Annual administration report of the Civil Veterinary Department of India - 1898-1899
Year: 1898
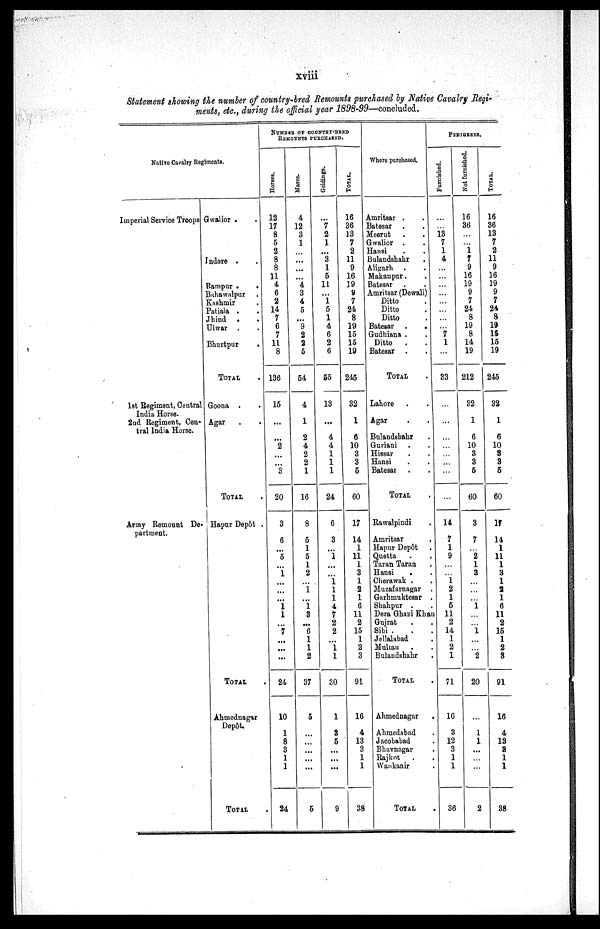
xviii
Statement showing the number of country-bred Remounts purchased by Native Cavalry Regi-
ments, etc., during the official year 1898-99—concluded.
Native Cavalry Regments.
Imperial Service Troops
1st Regiment, Central
India Horse.
2nd Regiment, Cen-
tral India Horse.
Army Remount De-
partment.
Gwalior . .
Indore . .
Rampur .
.
Bahawalpur
Kashmir
Patiala ..
Jhind ..
Ulwar ..
Bhurtpur .
TOTAL.
Goona ..
Agar
TOTAL.
Hapur Depôt .
TOTAL.
Ahmednagar
Depôt.
TOTAL.
NUMBER OF COUNTRY-BEED
REMOUNTS PURCHASED.
Horses.
12
17
8
5
2
8
8
11
4
6
2
14
7
6
7
11
8
136
15
...
...
2
...
...
3
20
3
6
...
5
1
...
...
...
1
1
...
7
...
...
...
24
10
1
8
3
1
1
24
Mares.
4
12
3
1
...
...
...
...
4
3
4
5
...
9
2
2
5
54
4
1
2
4
2
2
1
16
8
5
1
5
1
2
...
1
...
1
3
...
6
1
1
2
37
5
...
...
...
...
...
5
Geldings.
...
7
2
1
...
3
1
5
11
...
1
5
1
4
6
2
6
55
13
...
4
4
1
1
1
24
6
3
...
1
...
...
1 1
1
4
7
2
2
...
1
1
30
1
3
5
...
...
...
9
TOTAL.
16
36
13
7
2
11
9
16
39
9
7
24
8
19
15
15
19
245
32
1
6
10
3
3
5
60
17
14
1
11
1
3
1
2
1
6
11
2
15
1
2
3
91
16
4
13
3
1
1
38
Where purchased.
Amritsar . .
Batesar. .
Meerut . .
Gwalior . .
Hansi . .
Bulandshahr .
Aligarh . .
Makanpur . .
Batesar . .
Amritsar (Dewali)
Ditto .
Ditto .
Ditto
Batesar .
.
Gudhiana ..
Ditto ..
Batesar ..
TOTAL.
Lahore . .
Agar . .
Bulandshahr .
Guriani ..
Hissar..
Hansi..
Batesar ..
TOTAL.
Rawalpindi .
Amritsar .
Hapur Depôt .
Quetta . .
Taran Taran.
Hansi
. .
Cherawak . .
Muzafarnagar .
Garhmuktesar .
Shahpur . .
Dera Ghazi Khan
Gujrat . .
Sibi . . .
Jellalabad .
Multan . .
Bulandshahr .
TOTAL .
Ahmednagar
.
Ahmedabad .
Jacobabad .
Bhavnagar .
Rajkot .
Wankanir .
TOTAL.
PEDIGREES.
Furnished.
...
...
13
7
1
4
...
...
...
...
...
...
...
...
7
1
...
33
...
...
...
...
...
...
...
...
14
7
1
9
...
...
1
2
1
5
11
2
14
1
2
1
71
16
3
12
3
1
1
36
Not furnished.
16
36
...
...
1
7
9
16
19
9
7
24
8
19
8
14
19
212
32
1
6
10
3
3
5
60
3
7
...
2
1
3
...
...
...
1
...
...
1
...
...
2
20
...
1
1
...
...
...
2
TOTAL.
16
36
13
7
2
11
9
16
19
9
7
24
8
19
15
15
19
245
32
1
6
10
8
3
5
60
17
14
1
11
1
3
1
2
1
6
11
2
15
1
2
3
91
16
4
13
3
1
1
38